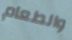
والطعام